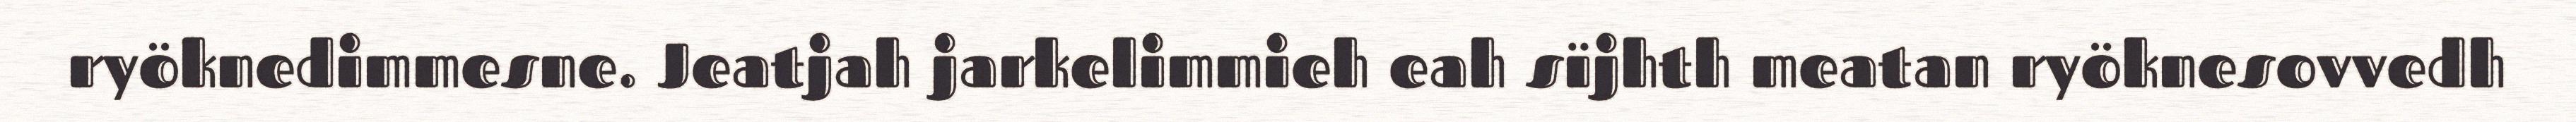
ryöknedimmesne. Jeatjah jarkelimmieh eah sïjhth meatan ryöknesovvedh